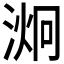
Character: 𭱞